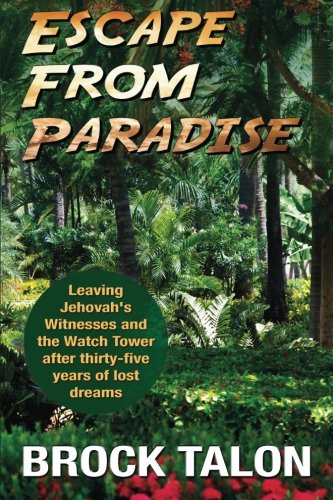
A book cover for Escape from Paradise: Leaving Jehovah's Witnesses and the Watch Tower after thirty-five years of lost dreams; Brock Talon; Christian Books & Bibles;